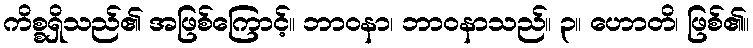
ကိစ္စရှိသည်၏ အဖြစ်ကြောင့်။ ဘာဝနာ၊ ဘာဝနာသည်။ ၃။ ဟောတိ၊ ဖြစ်၏။